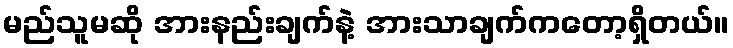
မည်သူမဆို အားနည်းချက်နဲ့ အားသာချက်ကတော့ရှိတယ်။